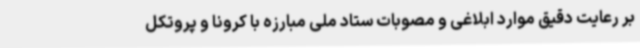
بر رعایت دقیق موارد ابلاغی و مصوبات ستاد ملی مبارزه با کرونا و پروتکل